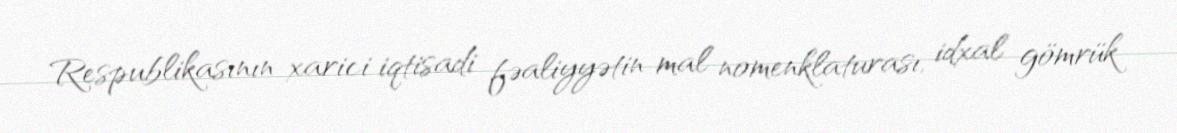
Respublikasının xarici iqtisadi fəaliyyətin mal nomenklaturası, idxal gömrük